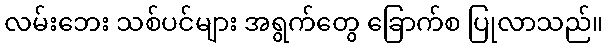
လမ်းဘေး သစ်ပင်များ အရွက်တွေ ခြောက်စ ပြုလာသည်။